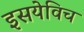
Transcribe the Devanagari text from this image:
इसयेविच